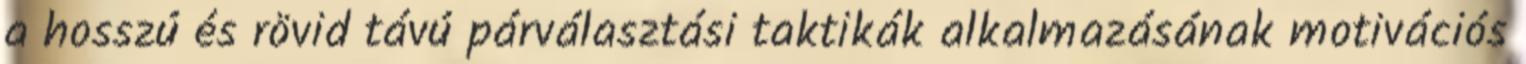
a hosszú és rövid távú párválasztási taktikák alkalmazásának motivációs